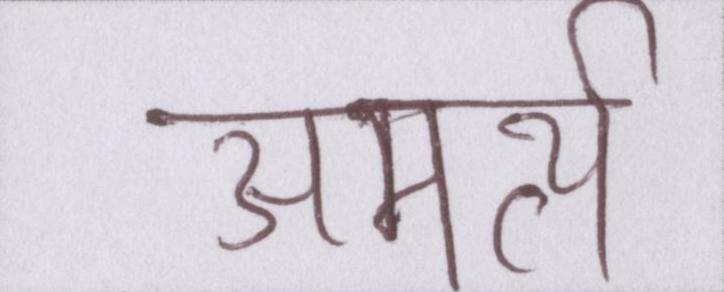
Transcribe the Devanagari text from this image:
अमर्त्य